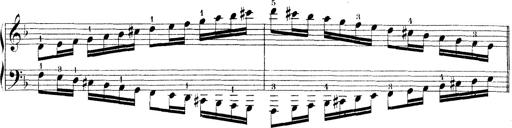
Title: Technische Studien
Composer: Franz Liszt